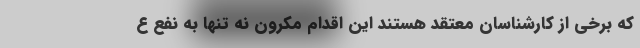
که برخی از کارشناسان معتقد هستند این اقدام مکرون نه تنها به نفع ع